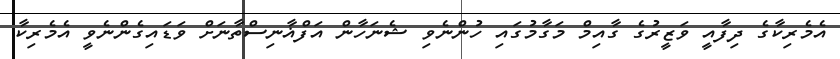
އެމެރިކާގެ ދިފާއީ ވަޒީރުގެ ގާއިމް މަގާމުގައި ހުންނެވި ޝެނަހާން އަފްޣާނިސްތާނަށް ވަޑައިގެންނެވީ އެމެރިކާ